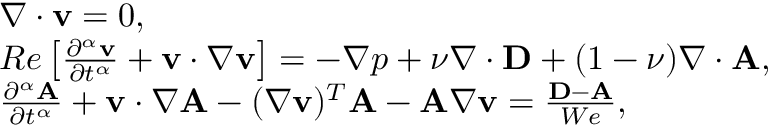
\begin{array} { r l } & { \nabla \cdot { \bf v } = 0 , } \\ & { R e \left[ \frac { \partial ^ { \alpha } { \bf v } } { \partial t ^ { \alpha } } + { \bf v } \cdot \nabla { \bf v } \right] = - \nabla p + \nu \nabla \cdot { \bf D } + ( 1 - \nu ) \nabla \cdot { \bf A } , } \\ & { \frac { \partial ^ { \alpha } { \bf A } } { \partial t ^ { \alpha } } + { \bf v } \cdot \nabla { \bf A } - ( \nabla { \bf v } ) ^ { T } { \bf A } - { \bf A } \nabla { \bf v } = \frac { { \bf D } - { \bf A } } { W e } , } \end{array}